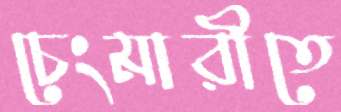
চেংমারীতে